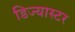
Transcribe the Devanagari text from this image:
डिज्यास्टर